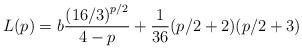
LaTeX: \begin{align*}L(p) = b\frac{\left(16/3\right)^{p/2}}{4-p} + \frac{1}{36}(p/2+2)(p/2+3)\end{align*}